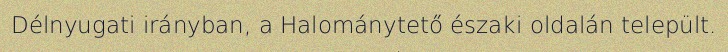
Délnyugati irányban, a Halománytető északi oldalán települt.